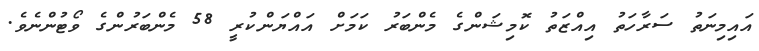
އައިމިނަތު ސަރާހަތު އިއްޒަތު ކޮމިޝަންގެ މެންބަރު ކަމަށް އައްޔަންކުރީ 58 މެންބަރުންގެ ވޯޓުންނެވެ.